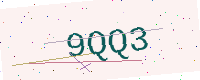
Text: 9QQ3